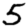
Digit: 5